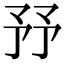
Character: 㐨